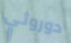
دوروثي